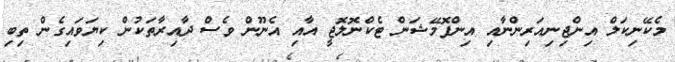
މެކޭނިކަލް އިންޖިނިއަރިންނާއި އިންފޮމޭޝަން ޓެކްނޮލޮޖީ އާއި އެނޫން ވެސް ދާއިރާތަކުން ކިޔަވައިގެން ތިބި